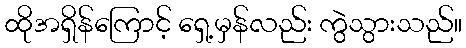
ထိုအရှိန်ကြောင့် ရှေ့မှန်လည်း ကွဲသွားသည်။